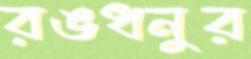
রঙধনুর